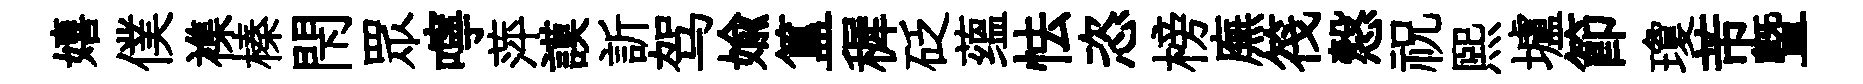
嬉僕襍榛閇眾嚀萍謨訢驾媮簋穉砭蕴怯恣榜廡筏慤祝煕壚節瓊芾曁